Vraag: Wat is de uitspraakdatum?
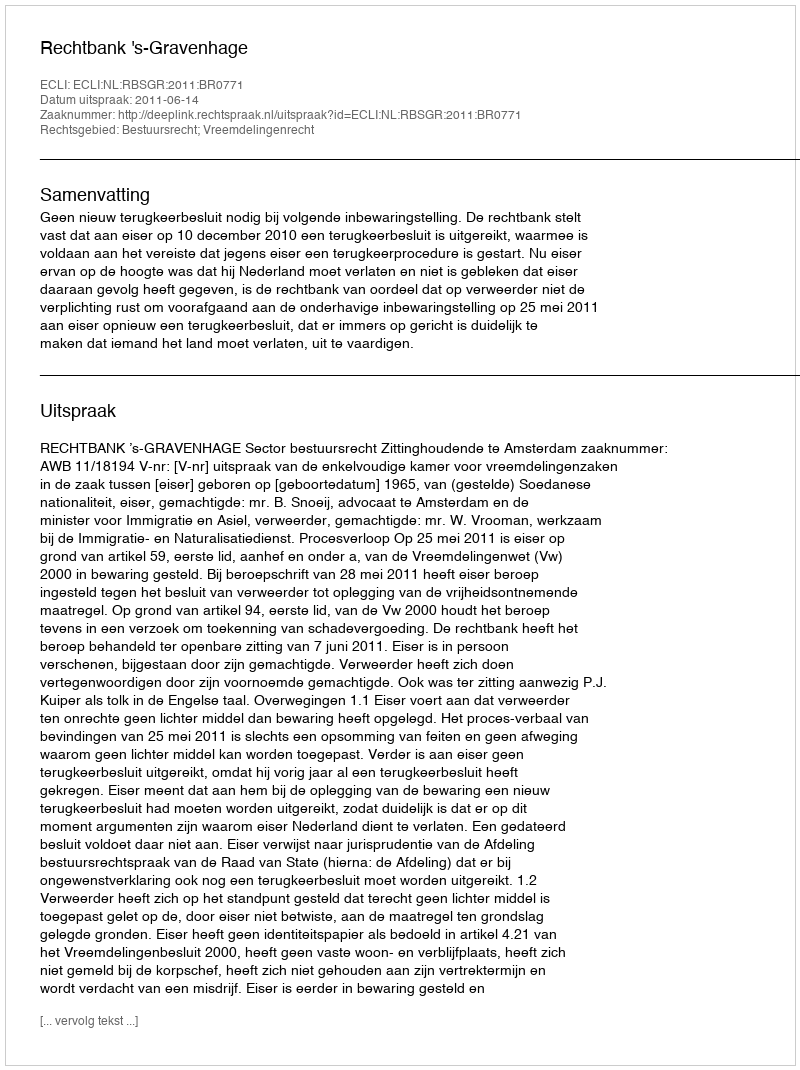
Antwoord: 2011-06-14